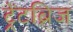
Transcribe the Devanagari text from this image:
ट्रेंटब्रिज